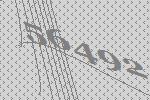
56492